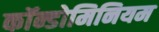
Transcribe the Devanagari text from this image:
कॉन्डोमिनियम